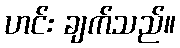
ဟင်း ချက်သည်။